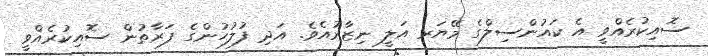
ސޮއިކުރެއްވީ އެ ކައުންސިލްގެ މޭޔަރ އަލީ ނިޒާރުއެވެ. އަދި ފުލުހުންގެ ފަރާތުން ސޮއިކުރެއްވީ